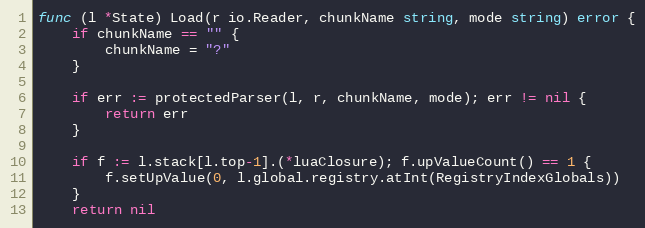
Language: Go
func (l *State) Load(r io.Reader, chunkName string, mode string) error {
	if chunkName == "" {
		chunkName = "?"
	}

	if err := protectedParser(l, r, chunkName, mode); err != nil {
		return err
	}

	if f := l.stack[l.top-1].(*luaClosure); f.upValueCount() == 1 {
		f.setUpValue(0, l.global.registry.atInt(RegistryIndexGlobals))
	}
	return nil